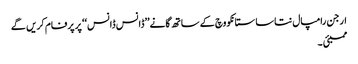
ارجن رامپال نتاسا ستانکووچ کے ساتھ گانے’’ڈانس ڈانس‘‘ پر پرفام کریں گے
ممبئی ۔